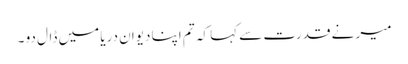
میر نے قدرت سے کہا کہ تم اپنا دیوان دریا میں ڈال دو ۔